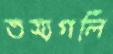
তস্যগলি